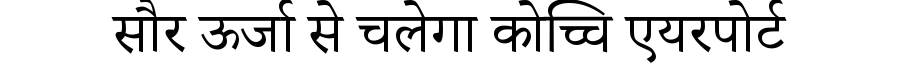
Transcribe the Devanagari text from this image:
सौर ऊर्जा से चलेगा कोच्चि एयरपोर्ट